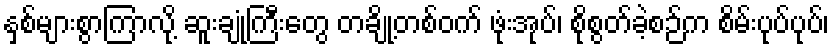
နှစ်များစွာကြာလို့ ဆူးချုံကြီးတွေ တချို့တစ်ဝက် ဖုံးအုပ်၊ စိုစွတ်ခဲ့စဉ်က စိမ်းပုပ်ပုပ်၊